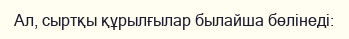
Ал, сыртқы құрылғылар былайша бөлінеді: